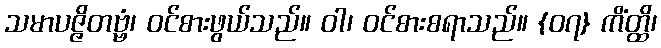
သမာပဇ္ဇိတဗ္ဗံ၊ ဝင်စားဖွယ်သည်။ ဝါ၊ ဝင်စားစရာသည်။ {၀၇} ကိံတ္ထိ၊